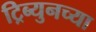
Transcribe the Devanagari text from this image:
ट्रिब्युनच्या